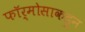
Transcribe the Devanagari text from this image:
फॉर्मोसाकडून